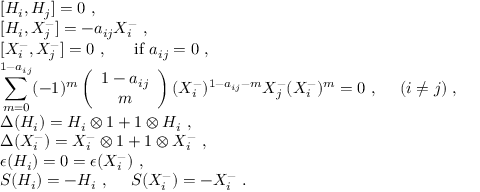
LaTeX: \begin{array} { l } { { [ H _ { i } , H _ { j } ] = 0 ~ , } } \\ { { [ H _ { i } , X _ { j } ^ { - } ] = - a _ { i j } X _ { i } ^ { - } ~ , } } \\ { { [ X _ { i } ^ { - } , X _ { j } ^ { - } ] = 0 ~ , ~ ~ ~ ~ ~ \mathrm { i f } ~ a _ { i j } = 0 ~ , } } \\ { { \displaystyle \sum _ { m = 0 } ^ { 1 - a _ { i j } } ( - 1 ) ^ { m } \left( \begin{array} { c } { { 1 - a _ { i j } } } \\ { { m } } \end{array} \right) ( X _ { i } ^ { - } ) ^ { 1 - a _ { i j } - m } X _ { j } ^ { - } ( X _ { i } ^ { - } ) ^ { m } = 0 ~ , ~ ~ ~ ~ ( i \not = j ) ~ , } } \\ { { \Delta ( H _ { i } ) = H _ { i } \otimes 1 + 1 \otimes H _ { i } ~ , } } \\ { { \Delta ( X _ { i } ^ { - } ) = X _ { i } ^ { - } \otimes 1 + 1 \otimes X _ { i } ^ { - } ~ , } } \\ { { \epsilon ( H _ { i } ) = 0 = \epsilon ( X _ { i } ^ { - } ) ~ , } } \\ { { S ( H _ { i } ) = - H _ { i } ~ , ~ ~ ~ ~ S ( X _ { i } ^ { - } ) = - X _ { i } ^ { - } ~ . } } \end{array}